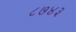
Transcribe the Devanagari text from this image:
८७४३